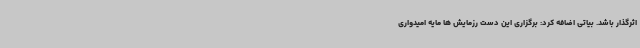
اثرگذار باشد. بیاتی اضافه کرد: برگزاری این دست رزمایش ها مایه امیدواری